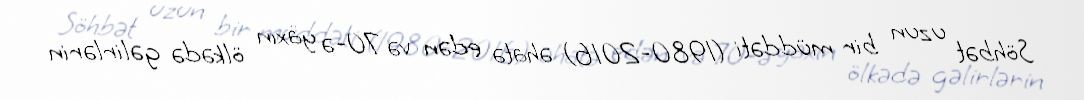
Söhbət uzun bir müddəti (1980-2016) əhatə edən və 70-ə yaxın ölkədə gəlirlərin